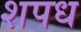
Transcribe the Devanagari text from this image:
शपध